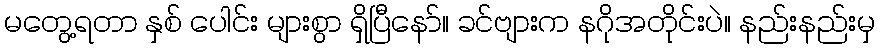
မတွေ့ရတာ နှစ် ပေါင်း များစွာ ရှိပြီနော်။ ခင်ဗျားက နဂိုအတိုင်းပဲ။ နည်းနည်းမှ